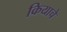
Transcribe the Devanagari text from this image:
कियाचे